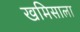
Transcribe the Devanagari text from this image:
खमिसाला